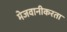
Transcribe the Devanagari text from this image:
मेजवानीकरता